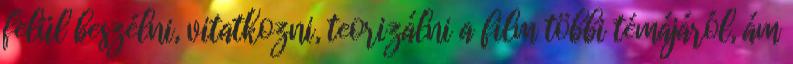
felül beszélni, vitatkozni, teorizálni a film többi témájáról, ám